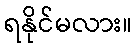
ရနိုင်မလား။